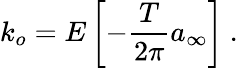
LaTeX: k_{o}=E\left[-\frac{T}{2\pi}a_{\infty}\right]\ .